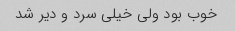
خوب بود ولی خیلی سرد و دیر شد